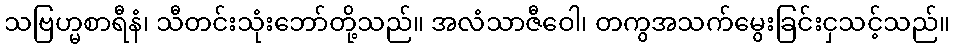
သဗြဟ္မစာရီနံ၊ သီတင်းသုံးဘော်တို့သည်။ အလံသာဇီဝေါ၊ တကွအသက်မွေးခြင်းငှသင့်သည်။